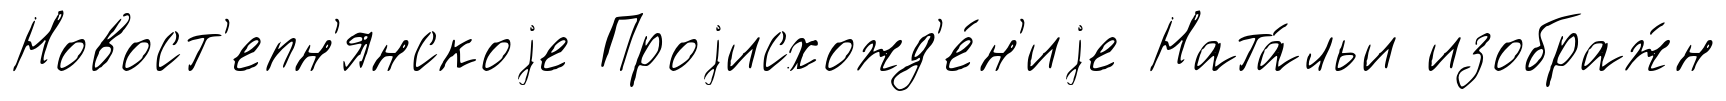
Новост'епн'янскоjе Проjисхожд'е́н'иjе Ната́льи изображ́н